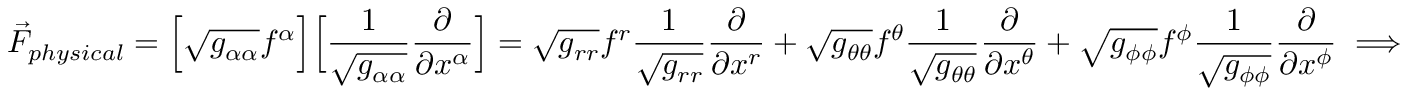
\vec { F } _ { p h y s i c a l } = \Big [ \sqrt { g _ { \alpha \alpha } } f ^ { \alpha } \Big ] \Big [ \frac { 1 } { \sqrt { g _ { \alpha \alpha } } } \frac { \partial } { \partial x ^ { \alpha } } \Big ] = \sqrt { g _ { r r } } f ^ { r } \frac { 1 } { \sqrt { g _ { r r } } } \frac { \partial } { \partial x ^ { r } } + \sqrt { g _ { \theta \theta } } f ^ { \theta } \frac { 1 } { \sqrt { g _ { \theta \theta } } } \frac { \partial } { \partial x ^ { \theta } } + \sqrt { g _ { \phi \phi } } f ^ { \phi } \frac { 1 } { \sqrt { g _ { \phi \phi } } } \frac { \partial } { \partial x ^ { \phi } } \implies